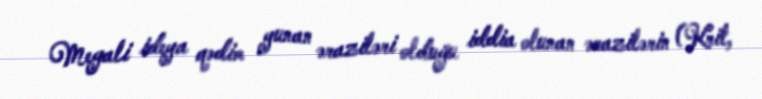
Megali ideya qədim yunan əraziləri olduğu iddia olunan ərazilərin (Krit,